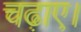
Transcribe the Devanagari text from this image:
चढ़ाए।